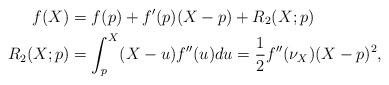
LaTeX: \begin{align*}f(X) & = f(p) + f'(p)(X-p) + R_2(X;p) \\R_2(X;p) & = \int_p^X (X-u)f''(u)du = \frac{1}{2} f''(\nu_X)(X-p)^2,\end{align*}